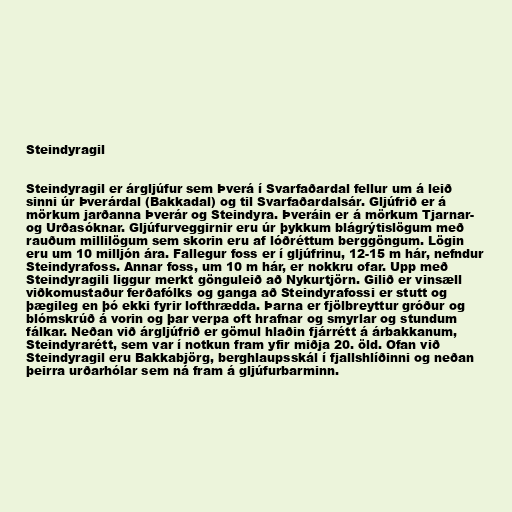
Steindyragil

Steindyragil er árgljúfur sem Þverá í Svarfaðardal fellur um á leið
sinni úr Þverárdal (Bakkadal) og til Svarfaðardalsár. Gljúfrið er á
mörkum jarðanna Þverár og Steindyra. Þveráin er á mörkum Tjarnar-
og Urðasóknar. Gljúfurveggirnir eru úr þykkum blágrýtislögum með
rauðum millilögum sem skorin eru af lóðréttum berggöngum. Lögin
eru um 10 milljón ára. Fallegur foss er í gljúfrinu, 12-15 m hár, nefndur
Steindyrafoss. Annar foss, um 10 m hár, er nokkru ofar. Upp með
Steindyragili liggur merkt gönguleið að Nykurtjörn. Gilið er vinsæll
viðkomustaður ferðafólks og ganga að Steindyrafossi er stutt og
þægileg en þó ekki fyrir lofthrædda. Þarna er fjölbreyttur gróður og
blómskrúð á vorin og þar verpa oft hrafnar og smyrlar og stundum
fálkar. Neðan við árgljúfrið er gömul hlaðin fjárrétt á árbakkanum,
Steindyrarétt, sem var í notkun fram yfir miðja 20. öld. Ofan við
Steindyragil eru Bakkabjörg, berghlaupsskál í fjallshlíðinni og neðan
þeirra urðarhólar sem ná fram á gljúfurbarminn.